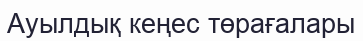
Ауылдық кеңес төрағалары